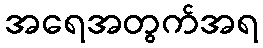
အရေအတွက်အရ